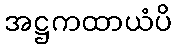
အဋ္ဌကထာယံပိ